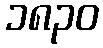
၁၈၃၀